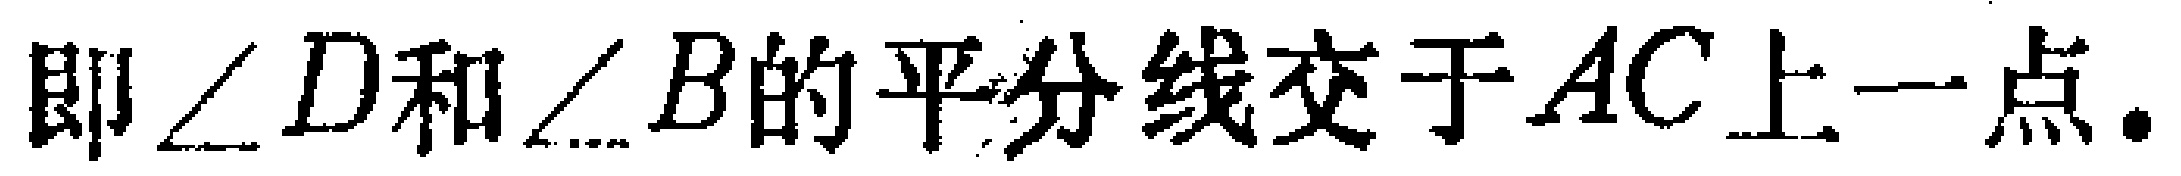
即$\angle D$和$\angle B$的平分线交于$AC$上一点.